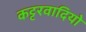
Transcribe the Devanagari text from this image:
कट्टरवादियो